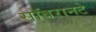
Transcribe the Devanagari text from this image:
सॉबरानटे